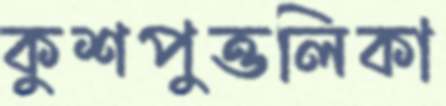
কুশপুত্তলিকা